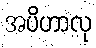
အပိဟာလု